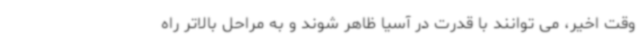
وقت اخیر، می توانند با قدرت در آسیا ظاهر شوند و به مراحل بالاتر راه